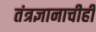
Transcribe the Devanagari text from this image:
तंत्रज्ञानाचीही